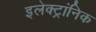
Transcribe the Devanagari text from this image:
इलेक्ट्रांनिक